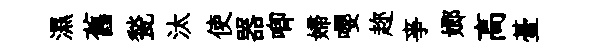
濕舊甃汰使器唧婦嚶趂亊嫏高䑓